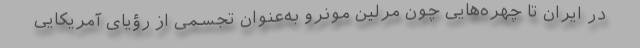
در ایران تا چهره‌هایی چون مرلین مونرو به‌عنوان تجسمی از رؤیای آمریکایی